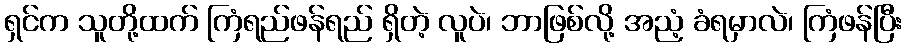
ရှင်က သူတို့ထက် ကြံရည်ဖန်ရည် ရှိတဲ့ လူပဲ၊ ဘာဖြစ်လို့ အညံ့ ခံရမှာလဲ၊ ကြံဖန်ပြီး